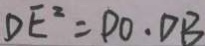
D E ^ { 2 } = D O \cdot D B